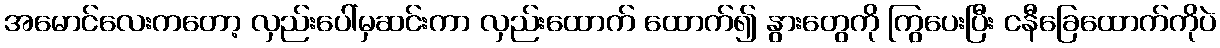
အမောင်လေးကတော့ လှည်းပေါ်မှဆင်းကာ လှည်းထောက် ထောက်၍ နွားတွေကို ကြွပေးပြီး ငနီခြေထောက်ကိုပဲ